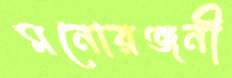
মনোরঞ্জনী